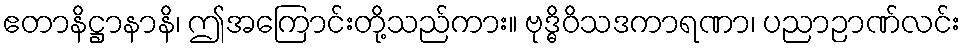
ဧတာနိဋ္ဌာနာနိ၊ ဤအကြောင်းတို့သည်ကား။ ဗုဒ္ဓိဝိသဒကာရဏာ၊ ပညာဉာဏ်လင်း